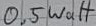
Text: 0.5Watt